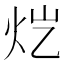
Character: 𬉽